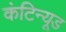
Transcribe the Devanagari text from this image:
कंटिन्यूड